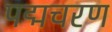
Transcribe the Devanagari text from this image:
पद्मचरण